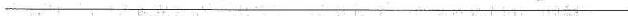
___